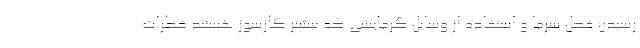
رسیدن فصل سرما و استفاده از وسایل گرمایشی که بیشتر گازسوز هستند خطرات